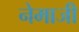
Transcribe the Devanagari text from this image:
नेमाजी